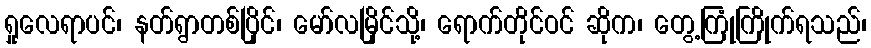
ရှုလေရာပင်၊ နတ်ရွာတစ်ပြိုင်၊ မော်လမြိုင်သို့၊ ရောက်တိုင်ဝင် ဆိုက၊ တွေ့ကြုံကြိုက်ရသည်၊